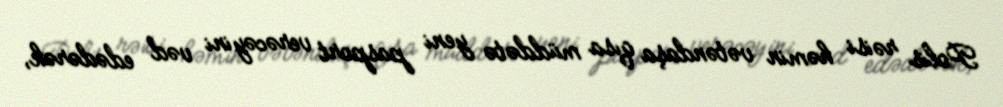
Polis rəisi həmin vətəndaşa qısa müddətə yeni pasport verəcəyini vəd edədərək,